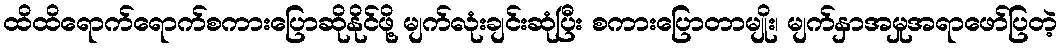
ထိထိရောက်ရောက်စကားပြောဆိုနိုင်ဖို့ မျက်လုံးချင်းဆုံပြီး စကားပြောတာမျိုး၊ မျက်နှာအမှုအရာဖော်ပြတဲ့